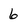
Character: 6